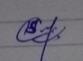
Signature authenticity: genuine